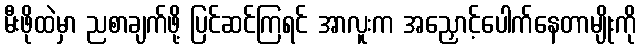
မီးဖိုထဲမှာ ညစာချက်ဖို့ ပြင်ဆင်ကြရင် အာလူးက အညှောင့်ပေါက်နေတာမျိုးကို